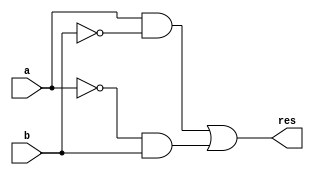
module xor_(res, a, b);
input a, b;
output res;
wire na, nb;
wire and1, and2;

	not (na, a);
	not (nb, b);
	
	and (and1, a, nb);
	and (and2, na, b);
	
	or (res, and1, and2);

endmodule